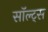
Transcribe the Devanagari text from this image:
सॉल्ट्स